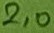
Text: 2,0